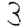
Digit: 3